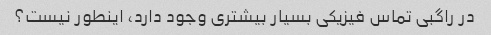
در راگبی تماس فیزیکی بسیار بیشتری وجود دارد، اینطور نیست؟